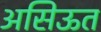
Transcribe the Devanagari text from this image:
असिऊत